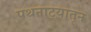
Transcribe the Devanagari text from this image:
पथनाट्यातून